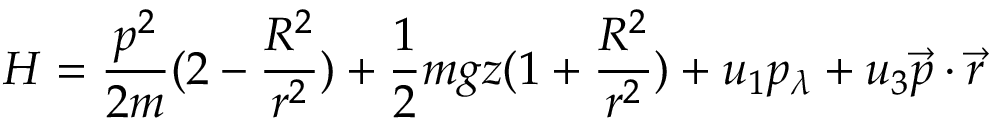
H = { \frac { p ^ { 2 } } { 2 m } } ( 2 - { \frac { R ^ { 2 } } { r ^ { 2 } } } ) + { \frac { 1 } { 2 } } m g z ( 1 + { \frac { R ^ { 2 } } { r ^ { 2 } } } ) + u _ { 1 } p _ { \lambda } + u _ { 3 } { \vec { p } } \cdot { \vec { r } }